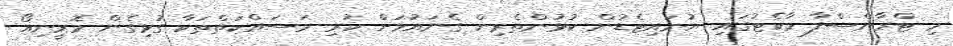
މި ޓްރާންސްފާ މާކެޓުގައި ޔުނައިޓެޑުން ކުޅުންތެރިން ގެނައުމަށް ކުރި މަސައްކަތްތަކާ ގުޅިގެން މޮރީނިއޯ